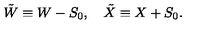
{ \tilde { W } } \equiv W - S _ { 0 } , \quad { \tilde { X } } \equiv X + S _ { 0 } .